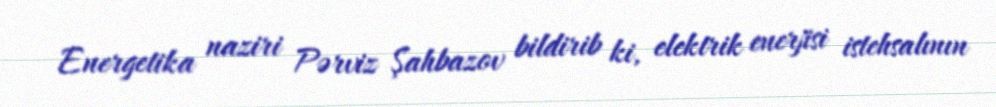
Energetika naziri Pərviz Şahbazov bildirib ki, elektrik enerjisi istehsalının